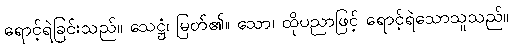
ရောင့်ရဲခြင်းသည်။ သေဋ္ဌံ၊ မြတ်၏။ သော၊ ထိုပညာဖြင့် ရောင့်ရဲသောသူသည်။